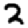
Digit: 2